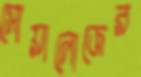
সোয়ালোজের